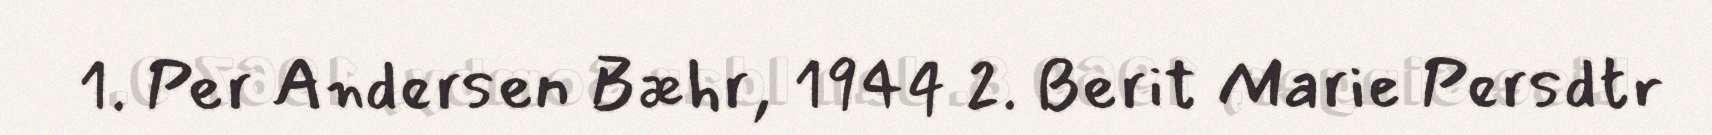
1. Per Andersen Bæhr, 1944 2. Berit Marie Persdtr